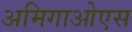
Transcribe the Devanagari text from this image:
अमिगाओएस